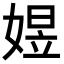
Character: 𡟄